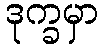
ဒုက္ခမှာ